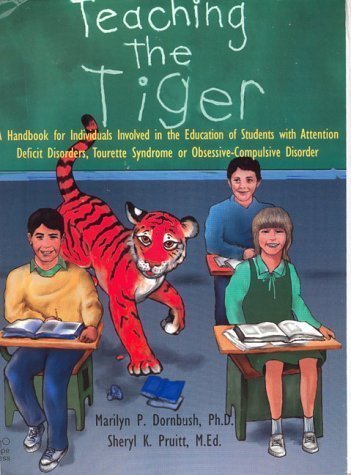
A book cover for Teaching the Tiger: A Handbook for Individuals Involved in the Education of Students With Attention Deficit Disorders, Tourette Syndrome or Obsessiv by Marilyn P., Ph.D. Dornbush (August 1995); Health, Fitness & Dieting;